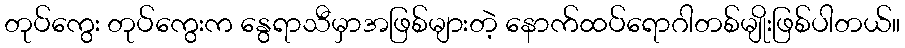
တုပ်ကွေး တုပ်ကွေးက နွေရာသီမှာအဖြစ်များတဲ့ နောက်ထပ်ရောဂါတစ်မျိုးဖြစ်ပါတယ်။